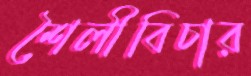
শৈলীবিচার